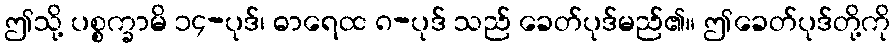
ဤသို့ ပစ္စက္ခာမိ ၁၄-ပုဒ်၊ ဓာရေထ ၈-ပုဒ် သည် ခေတ်ပုဒ်မည်၏။ ဤခေတ်ပုဒ်တို့ကို